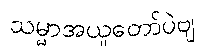
သမ္မာအယူတော်ပဲဗျ